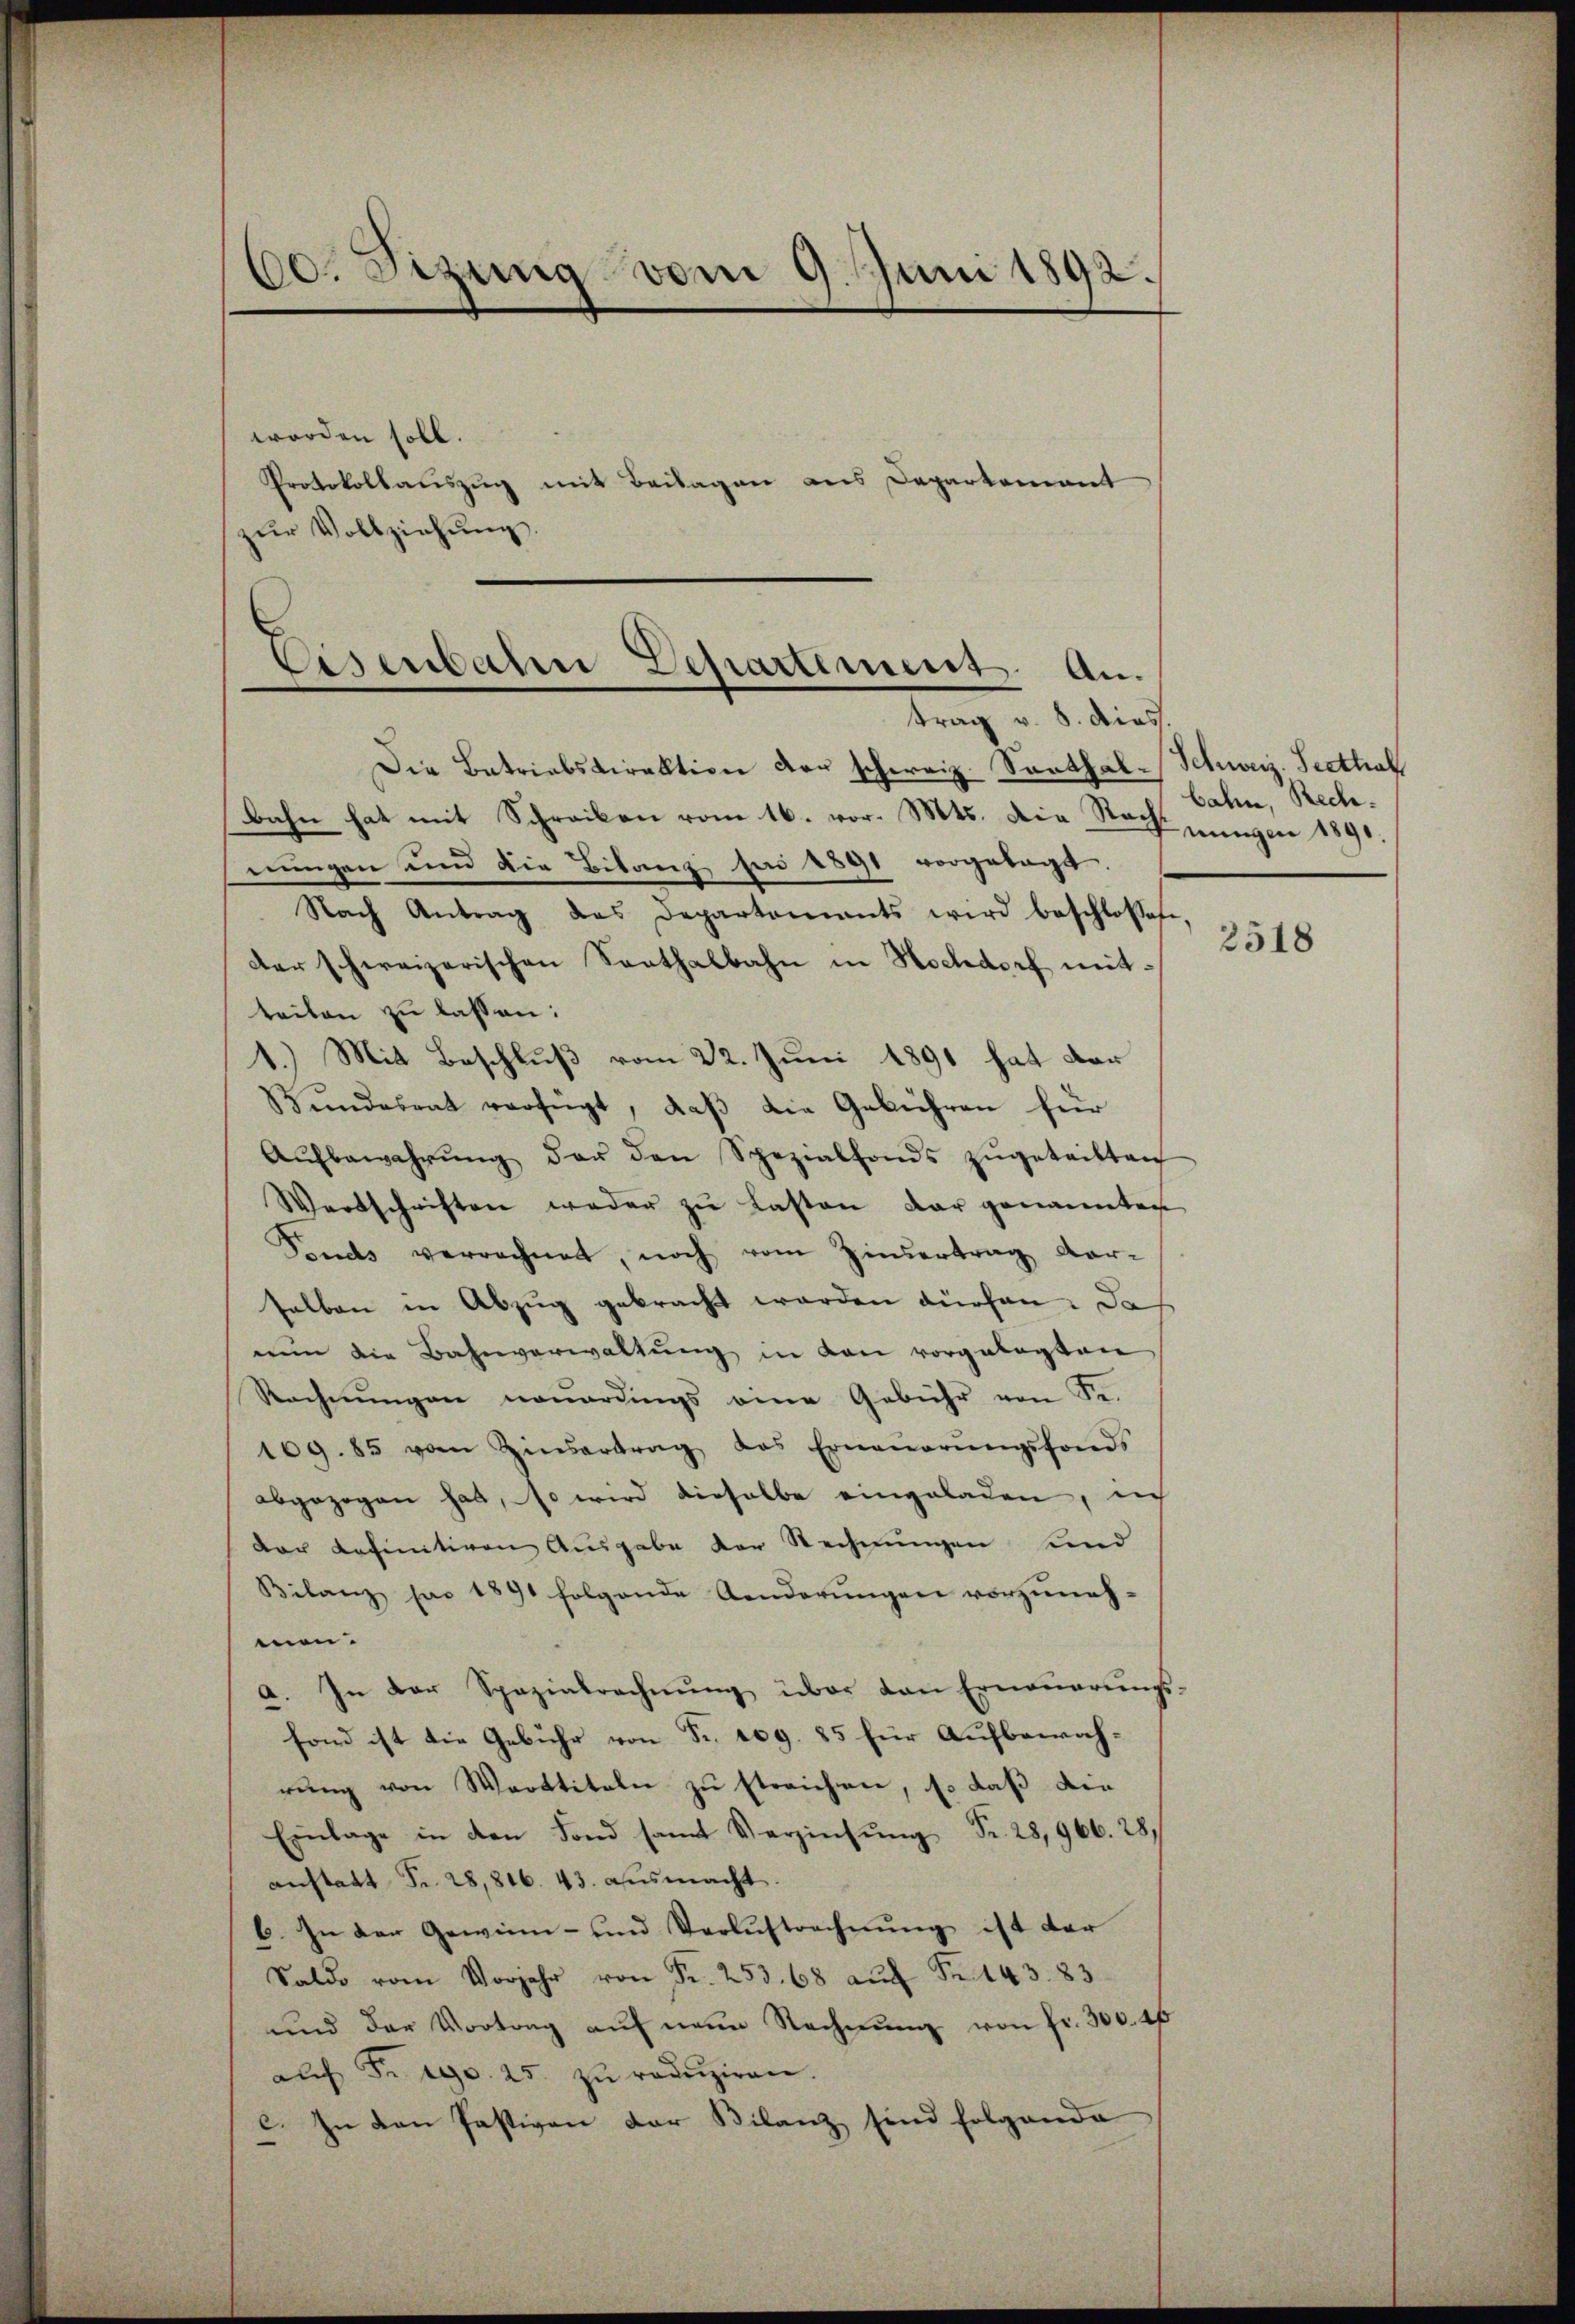
60. Sizung vom 9. Juni 1892.

worden soll.
Protokollauszug mit Beilagen aus Departement
zur Vollziehung.

Eisenbahn Departement an.

trag v. 8. dies.
Die Batriabsdirektion der schweiz. Santhal-Schweiz. Seethal
bahn hat mit Schreiben vom 16. vor. Mts. Die Rechnungen 1890.
nungen und die Bilanz sei 1891 vorgetagt.
Nach Antrag des Departements wird beschlossen
der schweizerischen Sorthalbahn in Hochdorf mit:
teilen zu lassen:
1.) Mit Beschluß vom 22. Juni 1891 hat dar
Bŭndesrat verfügt, daβ die Gebühren für
Aŭfbewahrŭng der den Spezialfonds zŭgeteilten
Wertschriften weder zu Lasten dar genannten
Sends verrechnet, noch vom Zinsertrag darselben in Abzug gebracht worden dürfen. Da
nin die Bahnverwaltŭng in den vorgelegten
Rechnungen neuerdings eine Gebühr von Se.
109. 85 vom Zinsertrag das Erneŭerŭngsfonds
abgezogen hat, so wird dieselbe eingeladen, ich
dar definitiven Ausgabe der Rechnungen und
Bilanz par 1891 folgende Aenderungen vorzuneh-
men.
a. In der Spezialrechnŭng über den Erneṅerŭngs-
fond ist die Gebühr von Fr. 109. 85 für Aufbewahrung von Werttiteln zu streichen, so daß die
Einlage in den Fond samt Verzinsŭng Fr. 28, 966. 28,
anstatt Fr. 28,816. 43. ausmacht.
b. In der Gewinn- und Verlustrechnŭng ist dar
Saldo vom Vorjahr von Fr. 253. 68 aŭf Fr. 143. 83
und der Vortrag aŭf neue Rechnŭng von fr. 300. 4
auf Fr. 10. 25. zu reduziren.
c. In den Pastiven der Bilanz sind folgende

bahn, Rech¬

)

2518